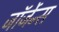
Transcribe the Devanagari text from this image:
जॉर्जेन्स